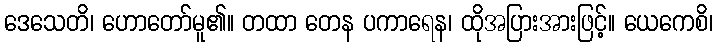
ဒေသေတိ၊ ဟောတော်မူ၏။ တထာ တေန ပကာရေန၊ ထိုအပြားအားဖြင့်။ ယေကေစိ၊